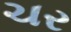
ચર